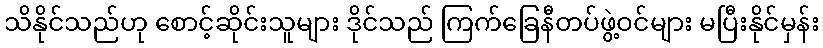
သိနိုင်သည်ဟု စောင့်ဆိုင်းသူများ ဒိုင်သည် ကြက်ခြေနီတပ်ဖွဲ့ဝင်များ မပြီးနိုင်မှန်း